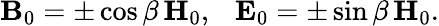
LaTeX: {\mathbf B}_{0}=\pm\cos\beta\, {\mathbf H}_{0},\ \ \ {\mathbf E}_{0}=\pm\sin\beta\, {\mathbf H}_{0}.